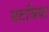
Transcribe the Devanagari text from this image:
सटजिया